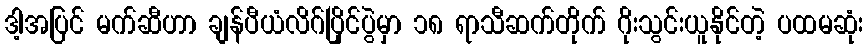
ဒါ့အပြင် မက်ဆီဟာ ချန်ပီယံလိဂ်ပြိုင်ပွဲမှာ ၁၈ ရာသီဆက်တိုက် ဂိုးသွင်းယူနိုင်တဲ့ ပထမဆုံး